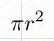
\pi r^2